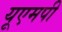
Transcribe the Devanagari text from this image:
यूएमपी